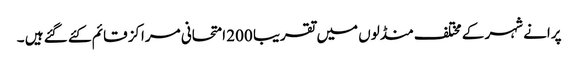
پرانے شہر کے مختلف منڈلوں میں تقریبا 200 امتحانی مراکز قائم کئے گئے ہیں ۔